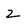
Character: 2